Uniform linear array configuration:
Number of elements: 48
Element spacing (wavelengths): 0.75
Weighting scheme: blackman
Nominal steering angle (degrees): -30
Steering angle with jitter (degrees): -29.83
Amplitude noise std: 0.05
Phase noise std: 0.05

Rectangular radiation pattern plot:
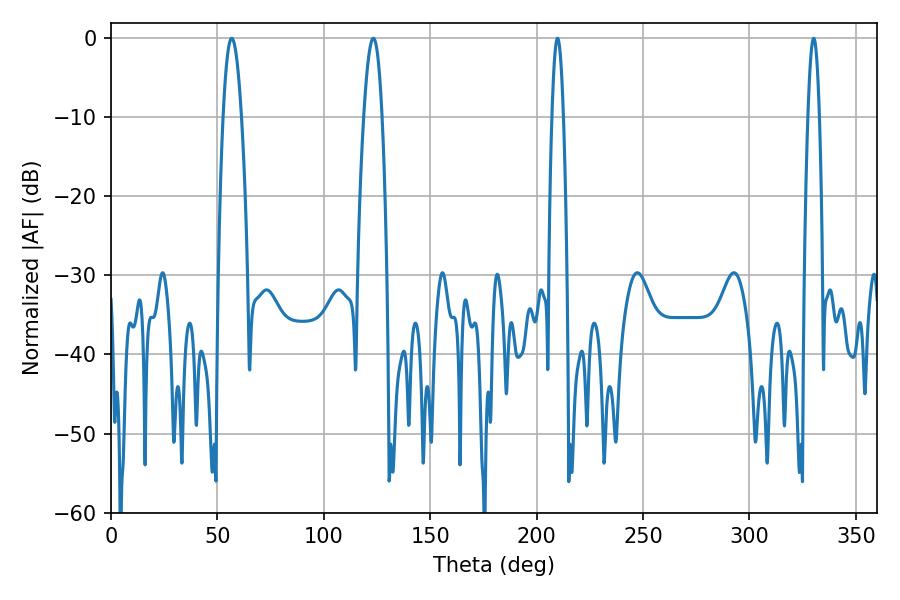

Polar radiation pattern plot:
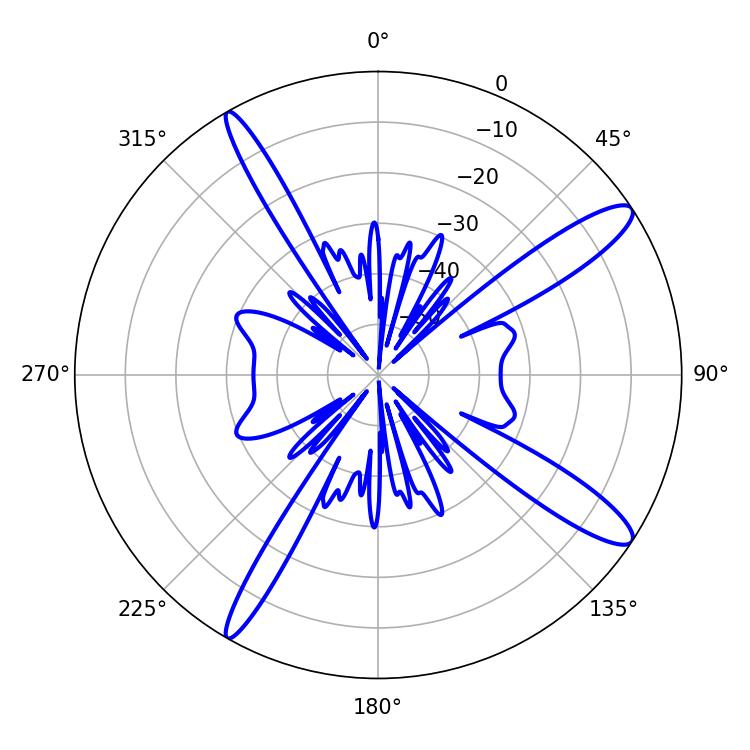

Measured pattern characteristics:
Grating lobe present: TRUE
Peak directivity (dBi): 13.299
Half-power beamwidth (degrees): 4.68
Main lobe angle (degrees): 56.7